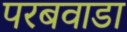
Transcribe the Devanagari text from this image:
परबवाडा